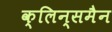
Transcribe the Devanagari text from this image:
क्लिन्समैन